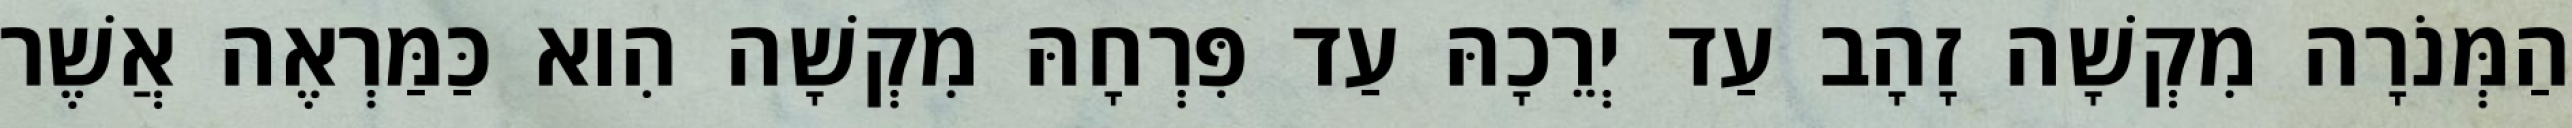
הַמְּנֹרָה מִקְשָׁה זָהָב עַד יְרֵכָהּ עַד פִּרְחָהּ מִקְשָׁה הִוא כַּמַּרְאֶה אֲשֶׁר